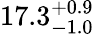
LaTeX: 17.3_{-1.0}^{+0.9}